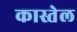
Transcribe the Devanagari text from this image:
कास्तेल